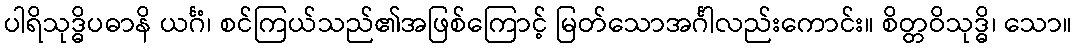
ပါရိသုဒ္ဓိပဓာနိ ယင်္ဂံ၊ စင်ကြယ်သည်၏အဖြစ်ကြောင့် မြတ်သောအင်္ဂါလည်းကောင်း။ စိတ္တဝိသုဒ္ဓိ၊ သော။